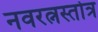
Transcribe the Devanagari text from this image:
नवरत्नस्तोत्र